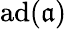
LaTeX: \operatorname{ad}({\mathfrak{a}})